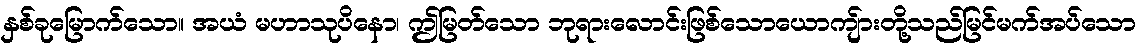
နှစ်ခုမြောက်သော။ အယံ မဟာသုပိနော၊ ဤမြတ်သော ဘုရားလောင်းဖြစ်သောယောကျ်ားတို့သည်မြင်မက်အပ်သော